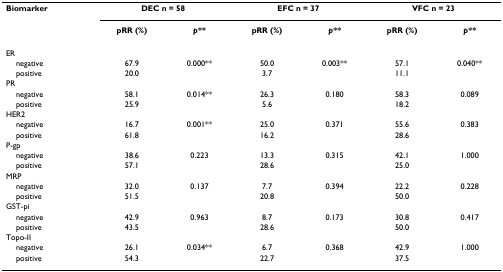
| Biomarker | <COLSPAN=2> DEC n = 58 | <COLSPAN=2> EFC n = 37 | <COLSPAN=2> VFC n = 23 |
 |  | pRR (%) | p** | pRR (%) | p** | pRR (%) | p** |
 | --- | --- | --- | --- | --- | --- | --- |
 | ER |  |  |  |  |  |  |
 | negative | 67.9 | 0.000** | 50.0 | 0.003** | 57.1 | 0.040** |
 | positive | 20.0 |  | 3.7 |  | 11.1 |  |
 | PR |  |  |  |  |  |  |
 | negative | 58.1 | 0.014** | 26.3 | 0.180 | 58.3 | 0.089 |
 | positive | 25.9 |  | 5.6 |  | 18.2 |  |
 | HER2 |  |  |  |  |  |  |
 | negative | 16.7 | 0.001** | 25.0 | 0.371 | 55.6 | 0.383 |
 | positive | 61.8 |  | 16.2 |  | 28.6 |  |
 | P-gp |  |  |  |  |  |  |
 | negative | 38.6 | 0.223 | 13.3 | 0.315 | 42.1 | 1.000 |
 | positive | 57.1 |  | 28.6 |  | 25.0 |  |
 | MRP |  |  |  |  |  |  |
 | negative | 32.0 | 0.137 | 7.7 | 0.394 | 22.2 | 0.228 |
 | positive | 51.5 |  | 20.8 |  | 50.0 |  |
 | GST-pi |  |  |  |  |  |  |
 | negative | 42.9 | 0.963 | 8.7 | 0.173 | 30.8 | 0.417 |
 | positive | 43.5 |  | 28.6 |  | 50.0 |  |
 | Topo-II |  |  |  |  |  |  |
 | negative | 26.1 | 0.034** | 6.7 | 0.368 | 42.9 | 1.000 |
 | positive | 54.3 |  | 22.7 |  | 37.5 |  |